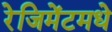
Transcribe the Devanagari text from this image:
रेजिमेंटमधे